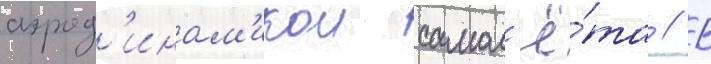
аэрод'инам'икои самол'ё́та // В